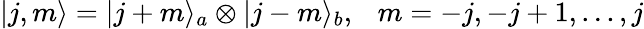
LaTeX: |j,m\rangle=|j+m\rangle_{a}\otimes|j-m\rangle_{b},\ \ \ m=-j,-j+1,...,j